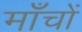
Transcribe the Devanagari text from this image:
माँचों